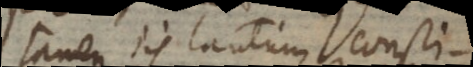
tamen iis tantum consti